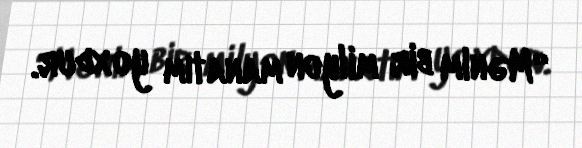
“Mənim bir milyon manatım yoxdur.